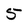
Character: 5